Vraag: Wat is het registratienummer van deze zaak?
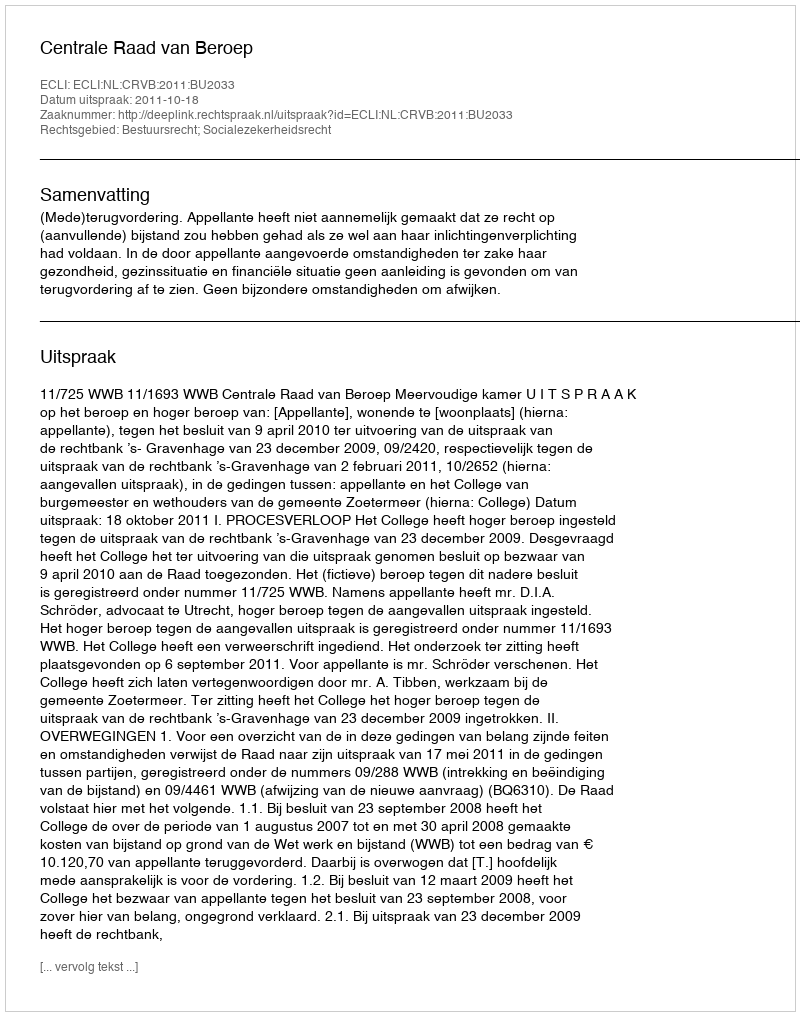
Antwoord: http://deeplink.rechtspraak.nl/uitspraak?id=ECLI:NL:CRVB:2011:BU2033